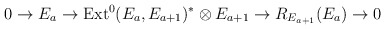
\begin{align*}0\rightarrow E_a \rightarrow {\rm Ext}^0(E_a,E_{a+1})^*\otimes E_{a+1}\rightarrow R_{E_{a+1}}(E_a)\rightarrow 0\end{align*}